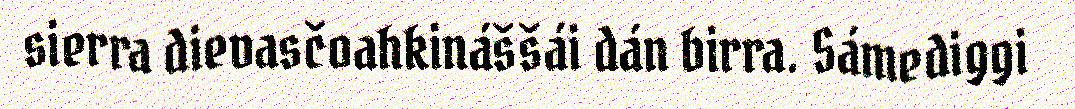
sierra dievasčoahkináššái dán birra. Sámediggi